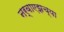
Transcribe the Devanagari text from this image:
नर्वाएझच्या